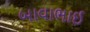
બાવાભાઈ